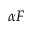
\alpha { \cal F }